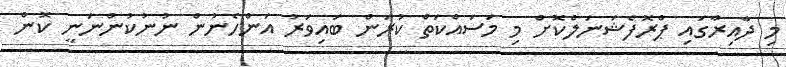
މި ދާއިރާގައި ޕްރޮފެޝަނަލްކޮށް މި މަސައްކަތް ކުރަން ބައިވަރު އަންހެނުން ނުނުކުންނަނީ ކޮން